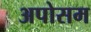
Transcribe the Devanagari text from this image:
अपोसम